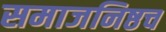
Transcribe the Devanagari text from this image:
समाजनिष्ठच